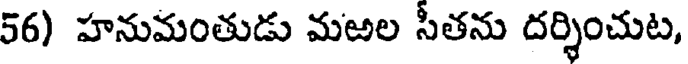
56) హనుమంతుడు మఱల సీతను దర్శించుట,